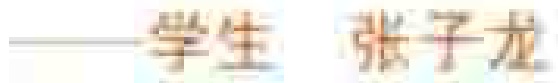
——学生 张子龙